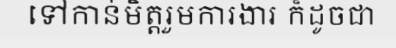
ទៅកាន់មិត្តរួមការងារ ក៏ដូចជា